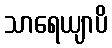
သာရေယျာပိ